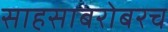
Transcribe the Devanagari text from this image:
साहसाबरोबरच